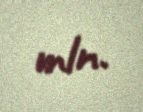
mln.